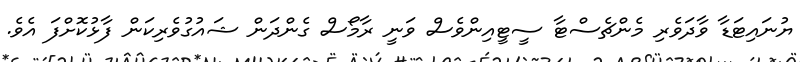
ޔުނައިޓަޑާ ވާދަވެރި މެންޗެސްޓާ ސީޓީއިންވެސް ވަނީ ރާމޯސް ގެންދަން ޝައުގުވެރިކަން ފާޅުކޮށްފަ އެވެ.